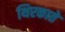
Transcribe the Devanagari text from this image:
थिरकाते